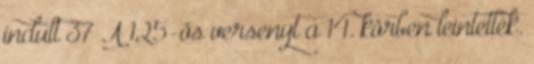
indult 37 A 125-ös versenyt a 14. körben leintették.